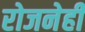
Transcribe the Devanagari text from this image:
रोजनेही